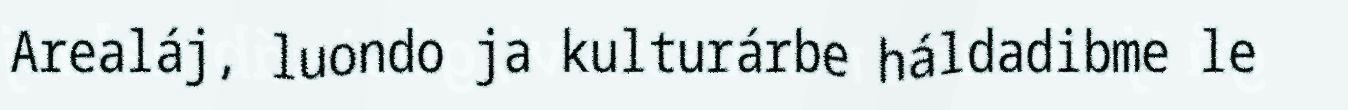
Arealáj, luondo ja kulturárbe háldadibme le